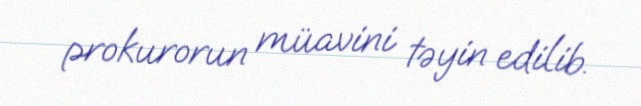
prokurorun müavini təyin edilib.